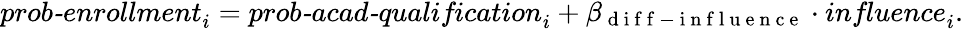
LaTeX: \begin{array}{r}{\textit{prob-enrollment}_{i}=\textit{prob-acad-qualification}_{i}+\beta_{\mathrm{~d~i~f~f~-~i~n~f~l~u~e~n~c~e~}}\cdot\textit{influence}_{i}.}\end{array}